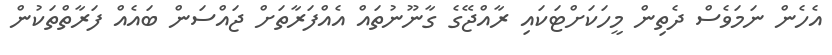
އެހެން ނަމަވެސް ދެތިން މީހަކަށްޓަކައި ރާއްޖޭގެ ގާނޫނުތައް އެއްފަރާތަށް ޖައްސަން ބައެއް ފަރާތްތަކުން